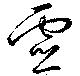
霊